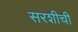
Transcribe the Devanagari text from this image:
सरशीची